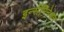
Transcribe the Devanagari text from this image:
इन्सेमिनेशन